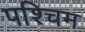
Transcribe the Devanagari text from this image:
पश्चिम